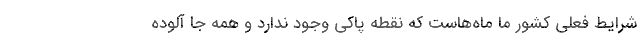
شرایط فعلی کشور ما ماه‌هاست که نقطه پاکی وجود ندارد و همه جا آلوده